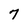
Character: 7